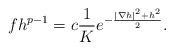
LaTeX: \begin{align*}fh^{p-1}=c\frac{1}{K}e^{-{\frac{|\nabla h|^2+h^2}{2}}}.\end{align*}